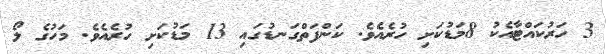
3 ހަރުކައްޓާއެކު 8މަޑުކަށި ހުރެއެވެ. ކަންފަތްގަނޑުގައި 13 މަޑުކަށި ހުރެއެވެ. މަހުގެ ލޯ